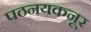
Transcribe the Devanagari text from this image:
पठनयकनूर